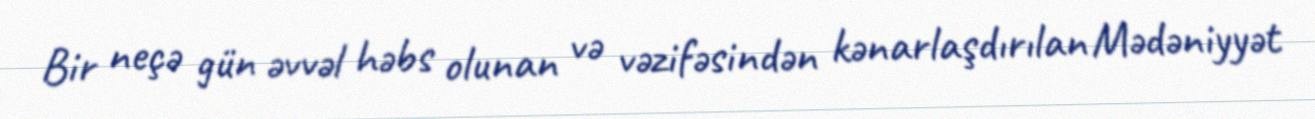
Bir neçə gün əvvəl həbs olunan və vəzifəsindən kənarlaşdırılan Mədəniyyət